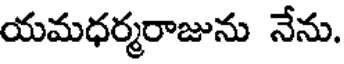
యమధర్మరాజును నేను.